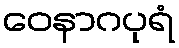
ဝေနာဂပုရံ